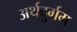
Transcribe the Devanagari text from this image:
अर्थदुर्गम